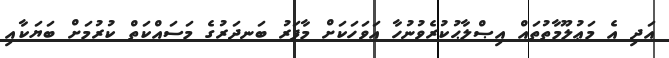
އަދި އެ މަޢުލޫމާތުތައް އިޞްލާޙުކުރެވުނުހާ އަވަހަކަށް މާފަރު ބަނދަރުގެ މަސައްކަތް ކުރުމަށް ބަޔަކާއި